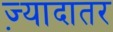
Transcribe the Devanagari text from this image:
ज्‍़यादातर